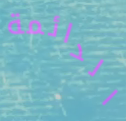
الدائمة